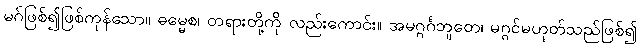
မဂ်ဖြစ်၍ဖြစ်ကုန်သော။ ဓမ္မေစ၊ တရားတို့ကို လည်းကောင်း။ အမဂ္ဂင်္ဂဘူတေ၊ မဂ္ဂင်မဟုတ်သည်ဖြစ်၍